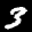
Label: 3